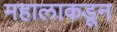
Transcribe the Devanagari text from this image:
महालाकडून